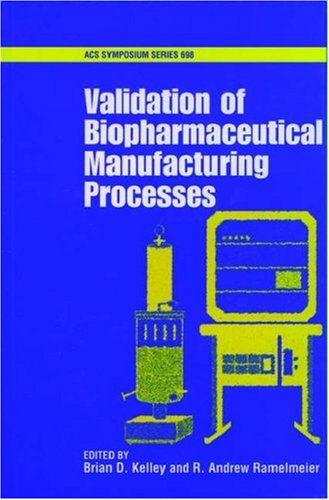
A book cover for Validation of Biopharmaceutical Manufacturing Processes; Medical Books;